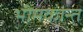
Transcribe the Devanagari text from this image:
भीमकान्त